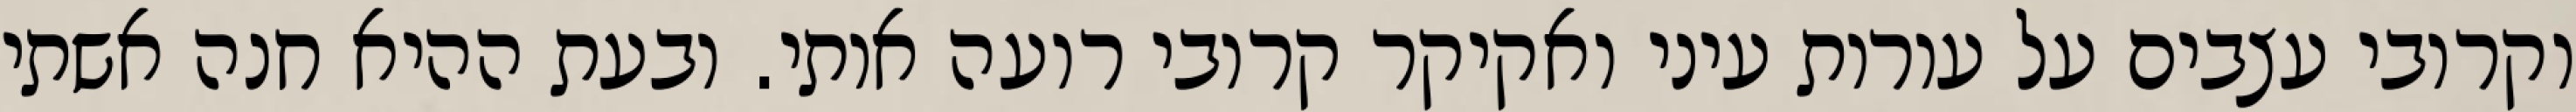
וקרובי עצבים על עורות עיני ואקיקר קרובי רועה אותי. ובעת ההיא חנה אשתי